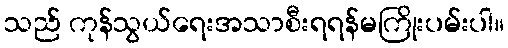
သည် ကုန်သွယ်ရေးအသာစီးရရန်မကြိုးပမ်းပါ။